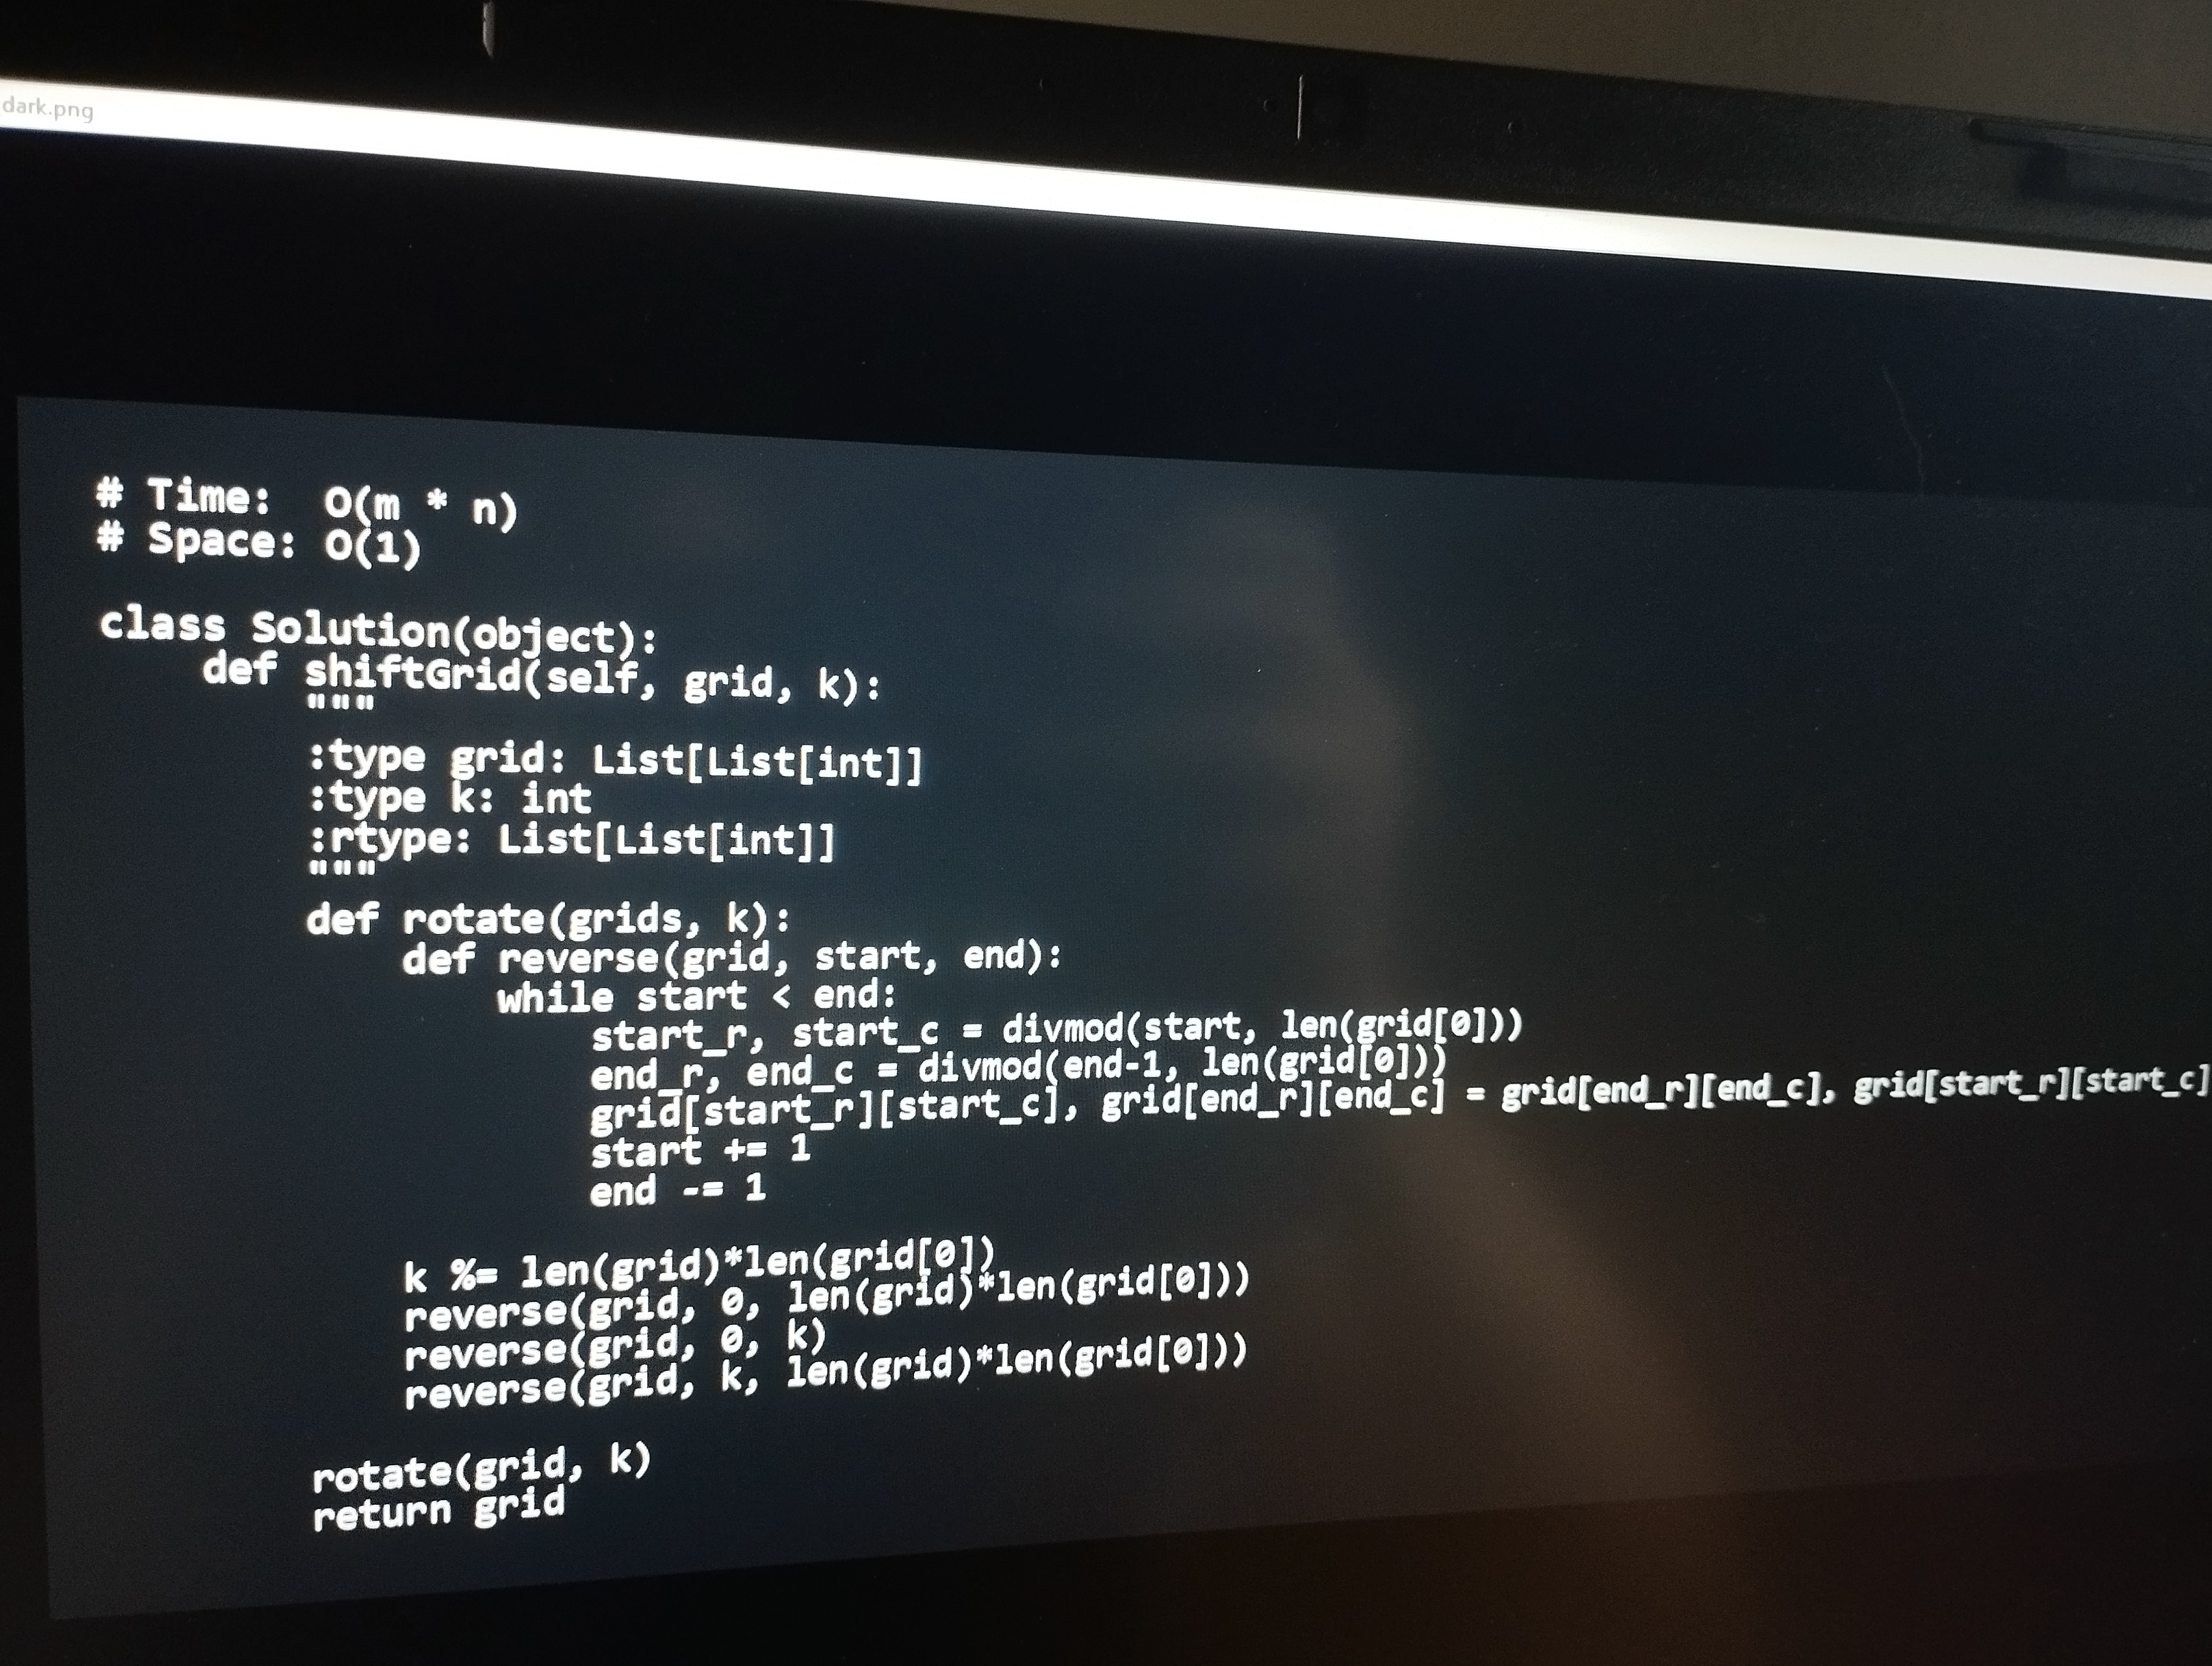
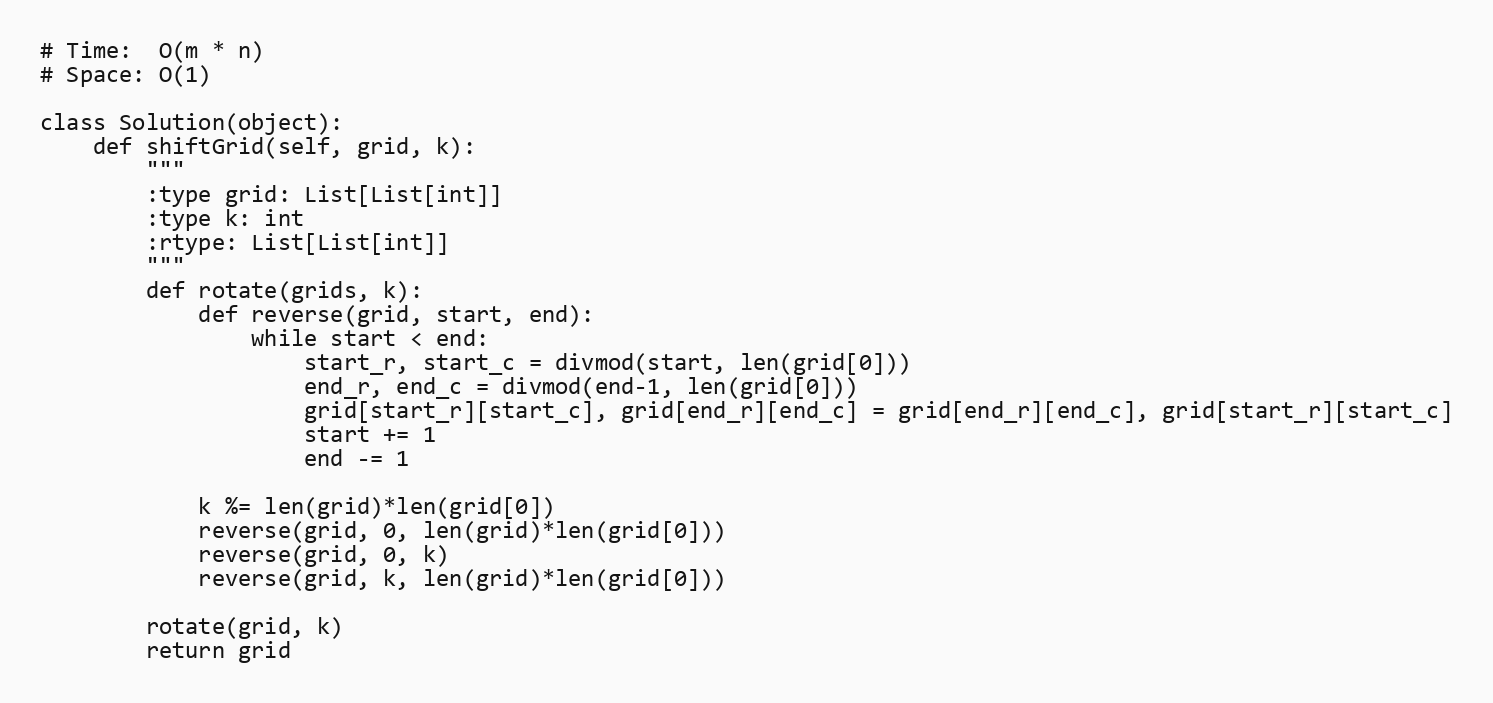
# Time:  O(m * n)
# Space: O(1)

class Solution(object):
    def shiftGrid(self, grid, k):
        """
        :type grid: List[List[int]]
        :type k: int
        :rtype: List[List[int]]
        """
        def rotate(grids, k):
            def reverse(grid, start, end):
                while start < end:
                    start_r, start_c = divmod(start, len(grid[0]))
                    end_r, end_c = divmod(end-1, len(grid[0]))
                    grid[start_r][start_c], grid[end_r][end_c] = grid[end_r][end_c], grid[start_r][start_c]
                    start += 1
                    end -= 1

            k %= len(grid)*len(grid[0])
            reverse(grid, 0, len(grid)*len(grid[0]))
            reverse(grid, 0, k)
            reverse(grid, k, len(grid)*len(grid[0]))

        rotate(grid, k)
        return grid